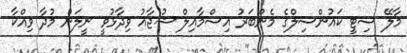
މާލޭ ސިޓީ ކައުންސިލްގެ މެންބަރު އިސްމާއިލް ޝުޖާއު ވިދާޅުވީ ނީލަން މުދާ ވިއްކާ